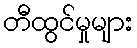
တီထွင်မှုများ